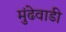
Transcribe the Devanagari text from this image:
मुंढेवाडी